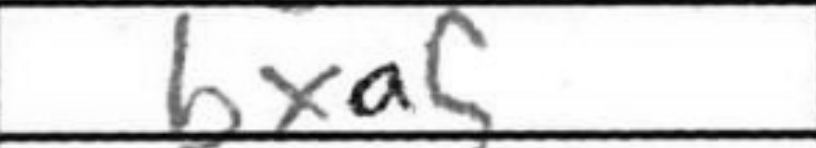
Transcription: bxa5